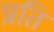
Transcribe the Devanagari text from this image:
प्रति